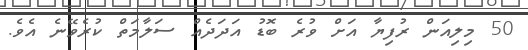
50 މިލިއަން ރުފިޔާ އަށް ވުރެ ބޮޑު އަދަދެއް ސަލާމަތް ކުރެވޭނެ އެވެ.